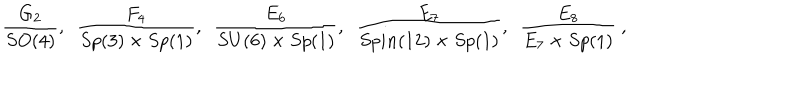
\frac { G _ { 2 } } { S O ( 4 ) } , \, \, \, \frac { F _ { 4 } } { S p ( 3 ) \times S p ( 1 ) } , \, \, \, \frac { E _ { 6 } } { S U ( 6 ) \times S p ( 1 ) } , \, \, \, \frac { E _ { 7 } } { S p i n ( 1 2 ) \times S p ( 1 ) } , \, \, \, \frac { E _ { 8 } } { E _ { 7 } \times S p ( 1 ) } \ ,